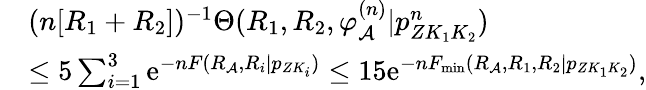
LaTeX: \begin{array}{rl}&{(n[R_{1}+R_{2}])^{-1}\Theta(R_{1},R_{2},\varphi_{\cal A}^{(n)}|p_{ZK_{1}K_{2}}^{n})}\\ &{\leq 5\sum_{i=1}^{3}\mathrm{e}^{-nF(R_{\cal A},R_{i}|p_{ZK_{i}})}\leq 15\mathrm{e}^{-nF_{\operatorname*{min}}(R_{\cal A},R_{1},R_{2}|p_{ZK_{1}K_{2}})},}\end{array}